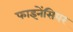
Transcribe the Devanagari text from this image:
फाइनेंसियर